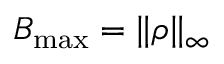
B _ { \mathrm { m a x } } = \| \rho \| _ { \infty }